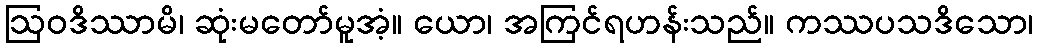
ဩဝဒိဿာမိ၊ ဆုံးမတော်မူအံ့။ ယော၊ အကြင်ရဟန်းသည်။ ကဿပသဒိသော၊